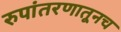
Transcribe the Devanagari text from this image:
रुपांतरणातूनच